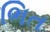
ભિત